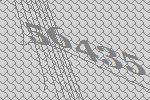
56435